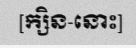
[ក្សិន-នោះ]